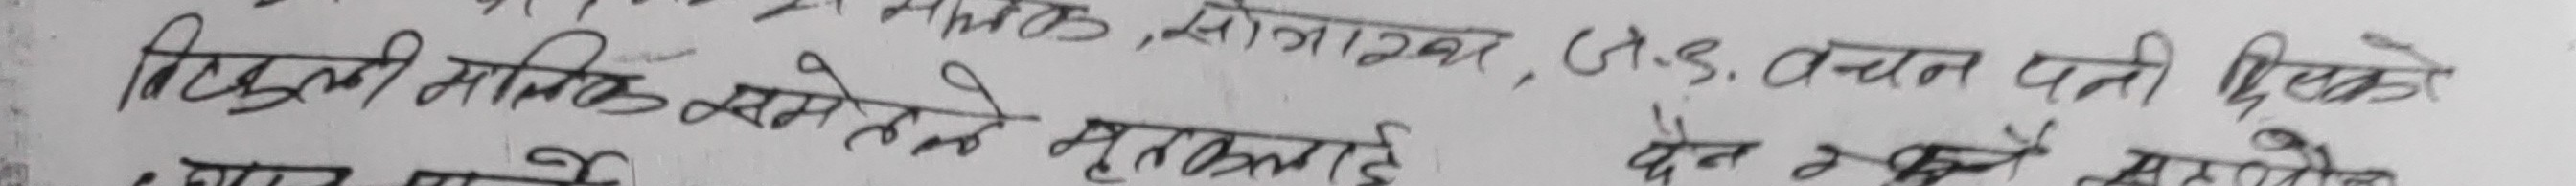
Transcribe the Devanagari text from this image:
विकली मलिक समेहले मृतकलाई